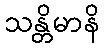
သန္တိမာနိ